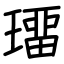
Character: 璢